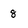
Character: 8